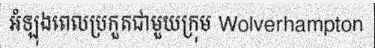
អំឡុងពេលប្រកួតជាមួយក្រុម Wolverhampton